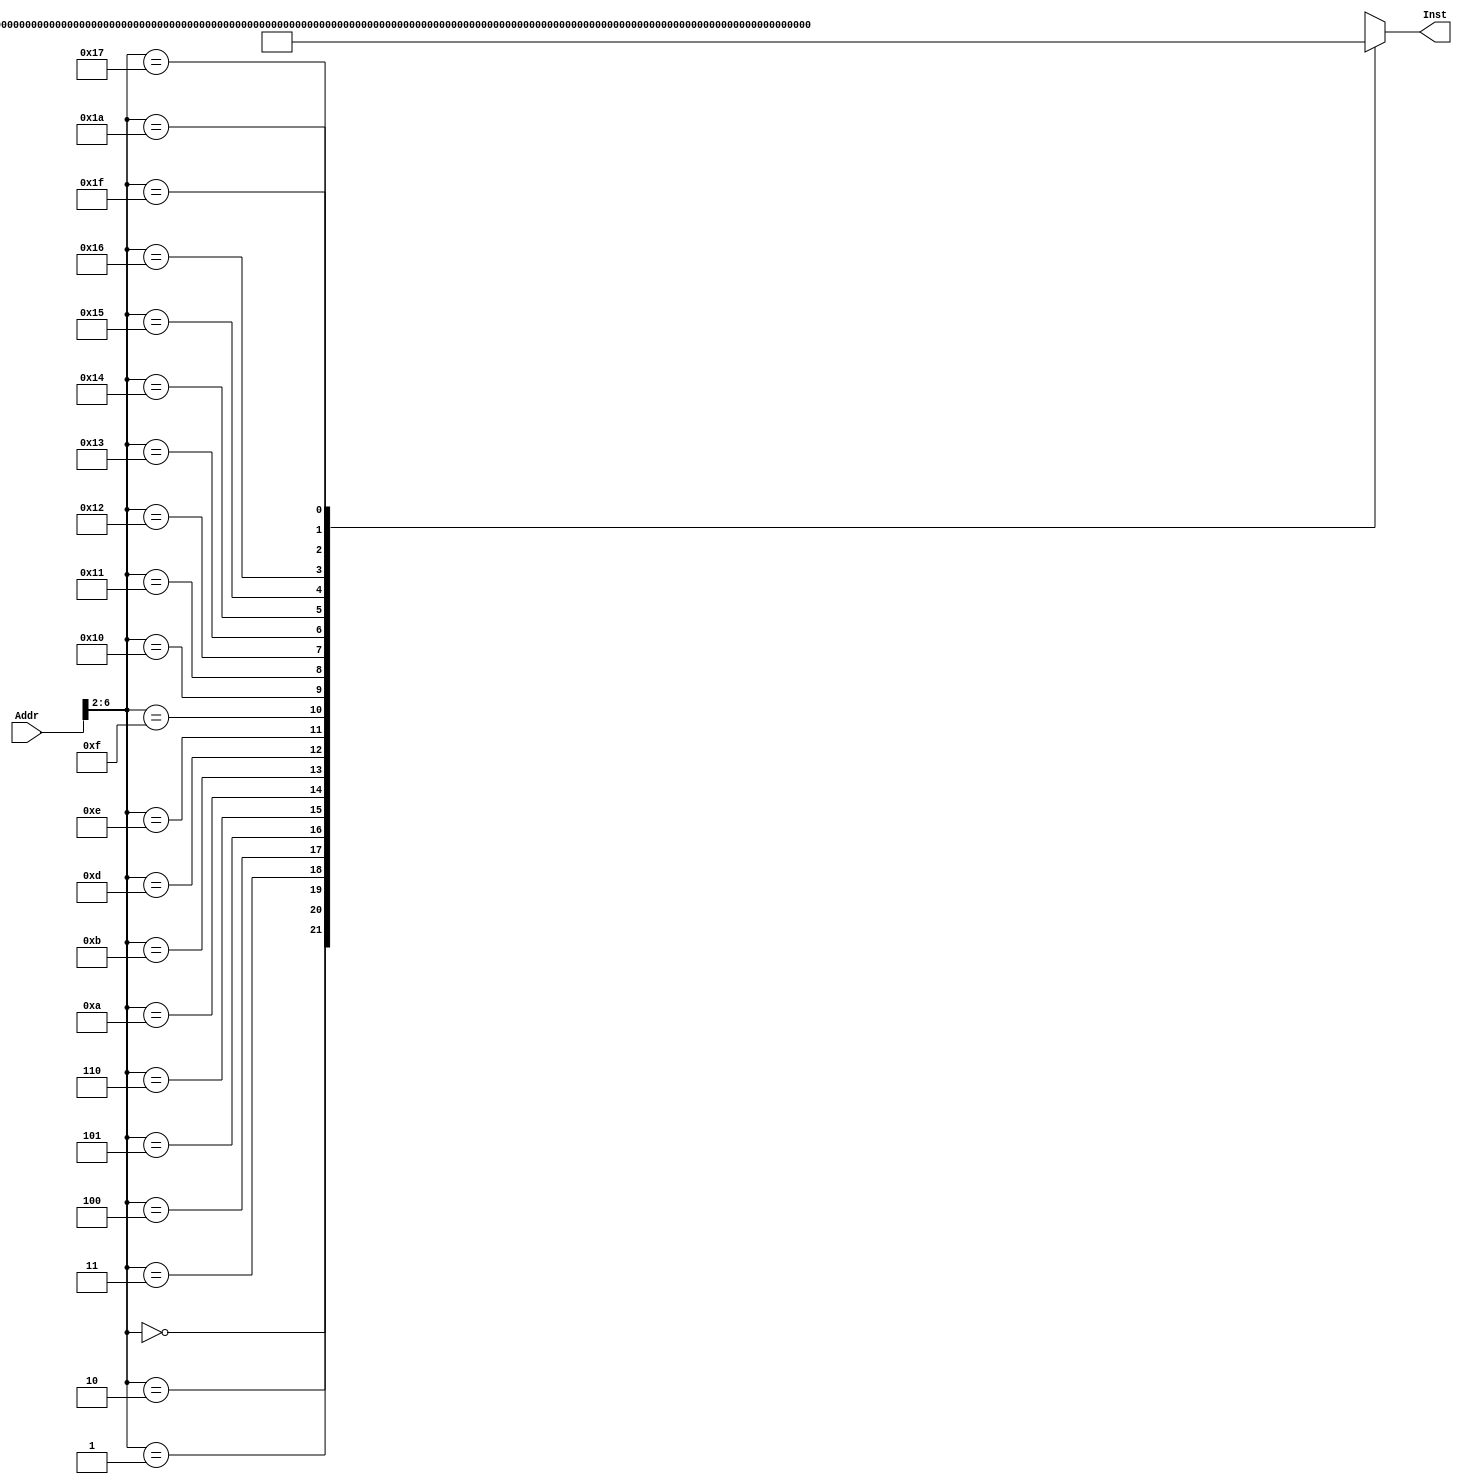
`timescale 1ns / 1ps
//////////////////////////////////////////////////////////////////////////////////
// Company: 
// Engineer: 
// 
// Design Name: 
// Module Name: INSTMEN
// Project Name: 
// Target Devices: 
// Tool Versions: 
// Description: 
// 
// Dependencies: 
// 
// Revision:
// Revision 0.01 - File Created
// Additional Comments:
// 
//////////////////////////////////////////////////////////////////////////////////
module INSTMEM(Addr,Inst);//
    input[31:0]Addr;
    output[31:0]Inst;
    wire[31:0]Rom[31:0];
    assign Rom[5'h00]=32'h2061000F;
    //001000 00011 00001 0000000000001111 addi $1,$3,8 ->$1=F=15
    assign Rom[5'h01]=32'h34A2001D;
    //001101 00101 00010 0000000000011101 ori $2,$5,29 ->$2=1D=29
    assign Rom[5'h02]=32'h00221820;
    //000000 00001 00010 00011 00000 100000 add $3,$1,$2 ->$3=2C=44
    assign Rom[5'h03]=32'h00412022;
    //000000 00010 00001 00100 00000 100010 sub $4,$2,$1 ->$4=E=14
    assign Rom[5'h04]=32'h00222824;
    //000000 00001 00010 00101 00000 100100 and $5,$1,$2 ->$5=D=12
    assign Rom[5'h05]=32'h00223025;
    //000000 00001 00010 00110 00000 100101 or $6,$1,$2 ->$6=1F=31
    assign Rom[5'h06]=32'h14220003;
    //000101 00001 00010 0000000000000011 bne $1,$2,3
    //Rom[5'hA]
    assign Rom[5'h07]=32'hXXXXXXXX;
    assign Rom[5'h08]=32'hXXXXXXXX;
    assign Rom[5'h09]=32'hXXXXXXXX;
    assign Rom[5'h0A]=32'h10220002;
    //000100 00001 00010 0000000000000010 beq $1,$2,3
    //
    assign Rom[5'h0B]=32'h0800000D; 
    //000010 00000000000000000000001101 J 0D 
    //1101 Rom[5'h0D]
    assign Rom[5'h0C]=32'hXXXXXXXX;
    assign Rom[5'h0D]=32'hAD02000A;
    //101011 01000 00010 0000000000001010 sw $2 10($8) ->memory[$8+10]=$2=1D=29
    //1010[6:2]2
    assign Rom[5'h0E]=32'h8D04000A;
    //100011 01000 00100 0000000000001010 lw $4 10($8) ->$4=memory[$8+10]=$2=1D=29
    assign Rom[5'h0F]=32'h00221826;
    //000000 00001 00010 00011 00000 100110 xor $3,$1,$2 ->$3=0x12=18
    assign Rom[5'h10]=32'h00021900;
    //000000 00000 00010 00011 00100 000000 sll $3,$2,4 ->$3=$2<<4=1D0
    assign Rom[5'h11]=32'h00021902;
    //000000 00000 00010 00011 00100 000010 srl $3,$2,4 ->$3=$2>>4=1
    assign Rom[5'h12]=32'h00021903;
    //000000 00000 00010 00011 00100 000011 sra $3,$2,4 ->$3=$2>>4=1
    assign Rom[5'h13]=32'h30470009;
    //001100 00010 00111 0000000000001001 andi $7,$2,9 ->$7=9
    assign Rom[5'h14]=32'h382F00EF;
    //001110 00001 01111 0000000011101111 xori $15,$1,0xef->$15=0xe0
    assign Rom[5'h15]=32'h3C0EF234;
    //001111 00000 00001 1111001000110100 lui $14,0xF234 ->$14=0xf234
    assign Rom[5'h16]=32'h0C00001A;
    //000011 00000 00000 0000000000011010 Jal 1A
    //Rom[5'h1A]$31=pc+4
    assign Rom[5'h17]=32'h0800001F;
    //000010 00000000000000000000011111 J 1F
    //Rom[5'h1F]
    assign Rom[5'h18]=32'hXXXXXXXX;
    assign Rom[5'h19]=32'hXXXXXXXX;
    assign Rom[5'h1A]=32'h03E00008;
    //000000 11111 00000 00000 00000 001000 Jr
    //$ra(31),Rom[5'h17]
    assign Rom[5'h1B]=32'hXXXXXXXX;
    assign Rom[5'h1C]=32'hXXXXXXXX;
    assign Rom[5'h1D]=32'hXXXXXXXX;
    assign Rom[5'h1E]=32'hXXXXXXXX;
    assign Rom[5'h1F]=32'h0022F020;
    //000000 00001 00010 11110 00000 100000 add $30,$1,$2 ->$30=2C=44
    assign Inst=Rom[Addr[6:2]];
endmodule